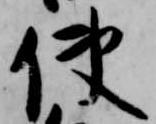
使